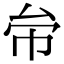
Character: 𠫦